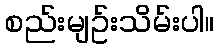
စည်းမျဥ်းသိမ်းပါ။